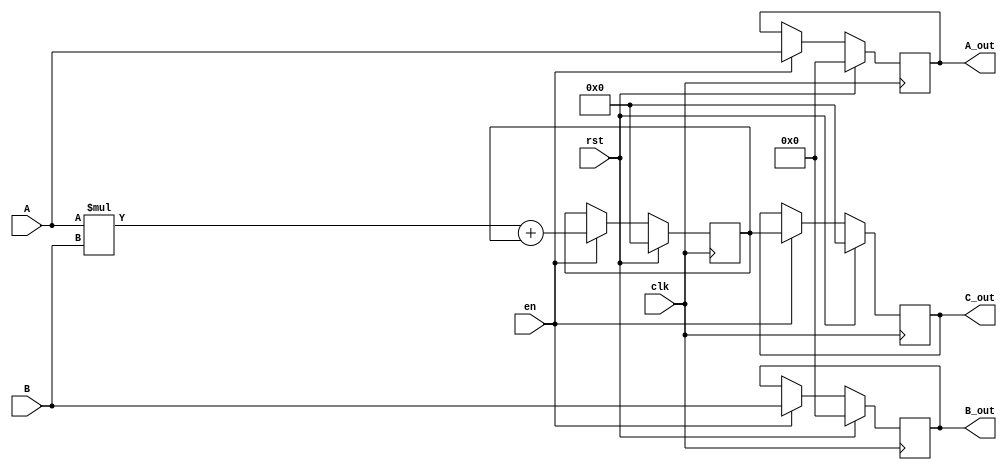
module PE (
    clk, en, rst, A, B, A_out, B_out, C_out
);
    input clk;
    input en; 
    input rst;
    input wire [15:0] A;
    input wire [15:0] B;
    output reg [15:0] A_out;
    output reg [15:0] B_out;
    output reg [32:0] C_out; // 33 bit to account for 16 * 16 bit multiplication

    reg [32:0] out_mem;

    initial begin 
        // Initialise all registers to 0
        A_out <= 16'd0;
        B_out <= 16'd0;
        C_out <= 33'd0;
        out_mem <= 33'd0;
    end

    always @(posedge clk ) begin
        if (rst) begin
            A_out <= 16'd0;
            B_out <= 16'd0;
            C_out <= 33'd0;
            out_mem <= 33'd0; 
        end else if (en) begin 
            out_mem <= (A * B) + out_mem;
            A_out <= A;
            B_out <= B;
            C_out <= out_mem;
        end
    end

    // assign C_out = out_mem;

endmodule